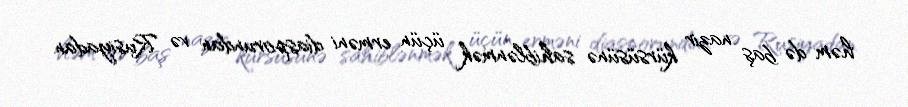
həm də baş nazir kürsüsünə sahiblənmək üçün erməni diasporundan və Rusiyadan